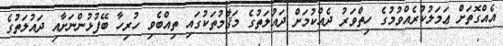
އެއްގޮތަށް ޢަމަލުކުރެއްވުމުގެ ހިތްވަރު ދެއްކުމަށް ދައުލަތުގެ މަޤާމުތަކުގައި ތިއްބެވި ހުރިހާ ބޭފުޅުންނަށާއި ދައުލަތުގެ